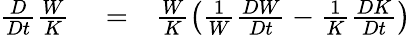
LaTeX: \begin{array}{rlr}{\frac{D}{Dt}\frac{W}{K}}&{{}=}&{\frac{W}{K}\left({\frac{1}{W}\frac{DW}{Dt}-\frac{1}{K}\frac{DK}{Dt}}\right)}\end{array}